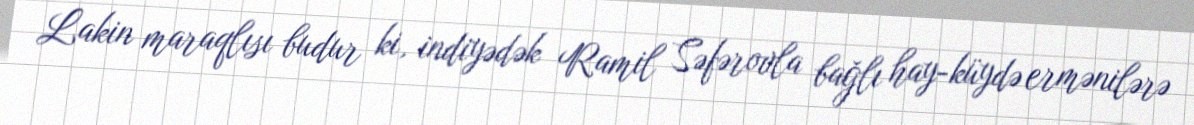
Lakin maraqlısı budur ki, indiyədək Ramil Səfərovla bağlı hay-küydə ermənilərə